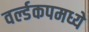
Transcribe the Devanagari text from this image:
वर्ल्डकपमध्ये